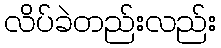
လိပ်ခဲတည်းလည်း